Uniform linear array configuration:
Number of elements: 12
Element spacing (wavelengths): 0.5
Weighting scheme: kaiser
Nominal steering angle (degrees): -15
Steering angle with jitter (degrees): -16.734
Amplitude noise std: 0.05
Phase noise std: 0.05

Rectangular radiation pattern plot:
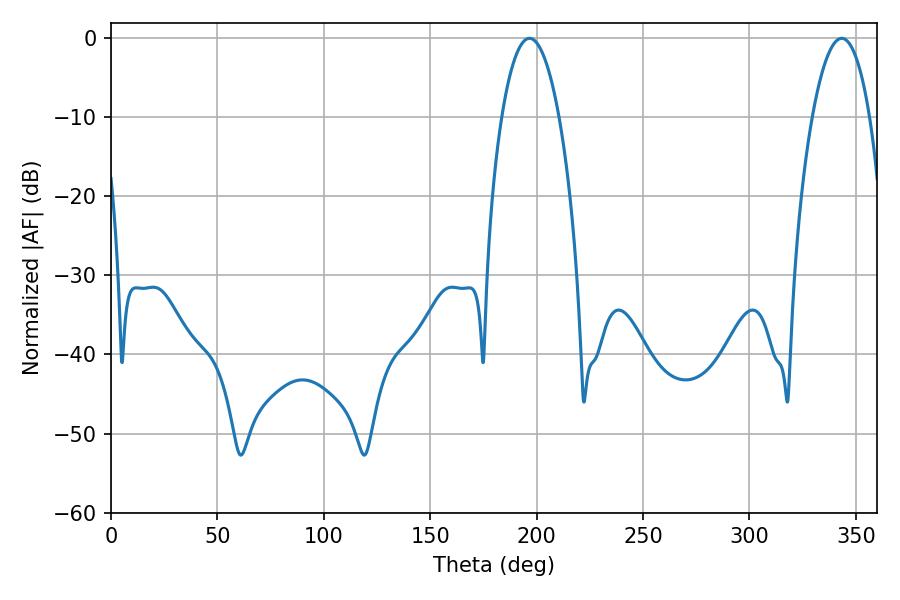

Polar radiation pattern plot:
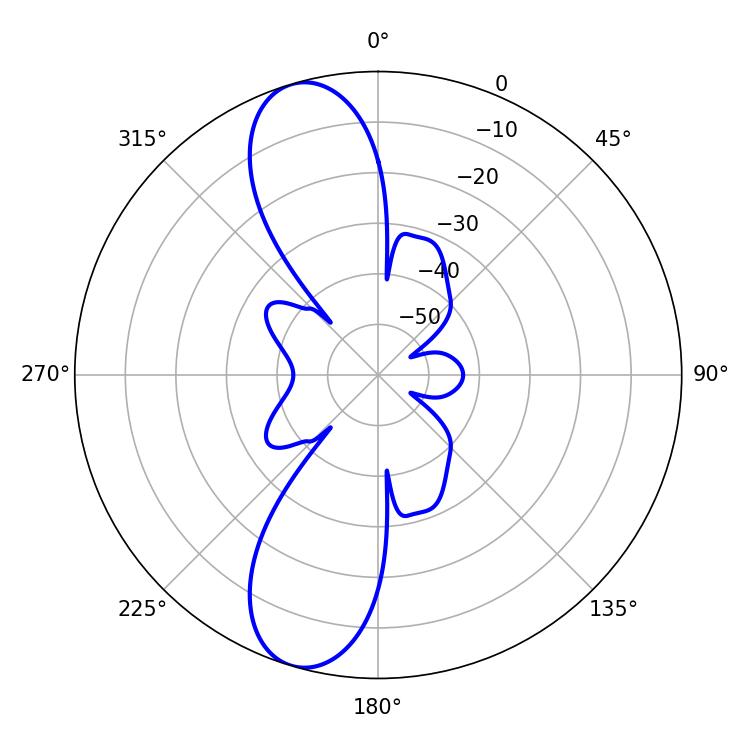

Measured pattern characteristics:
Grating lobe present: FALSE
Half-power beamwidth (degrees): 14.94
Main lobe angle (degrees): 196.56